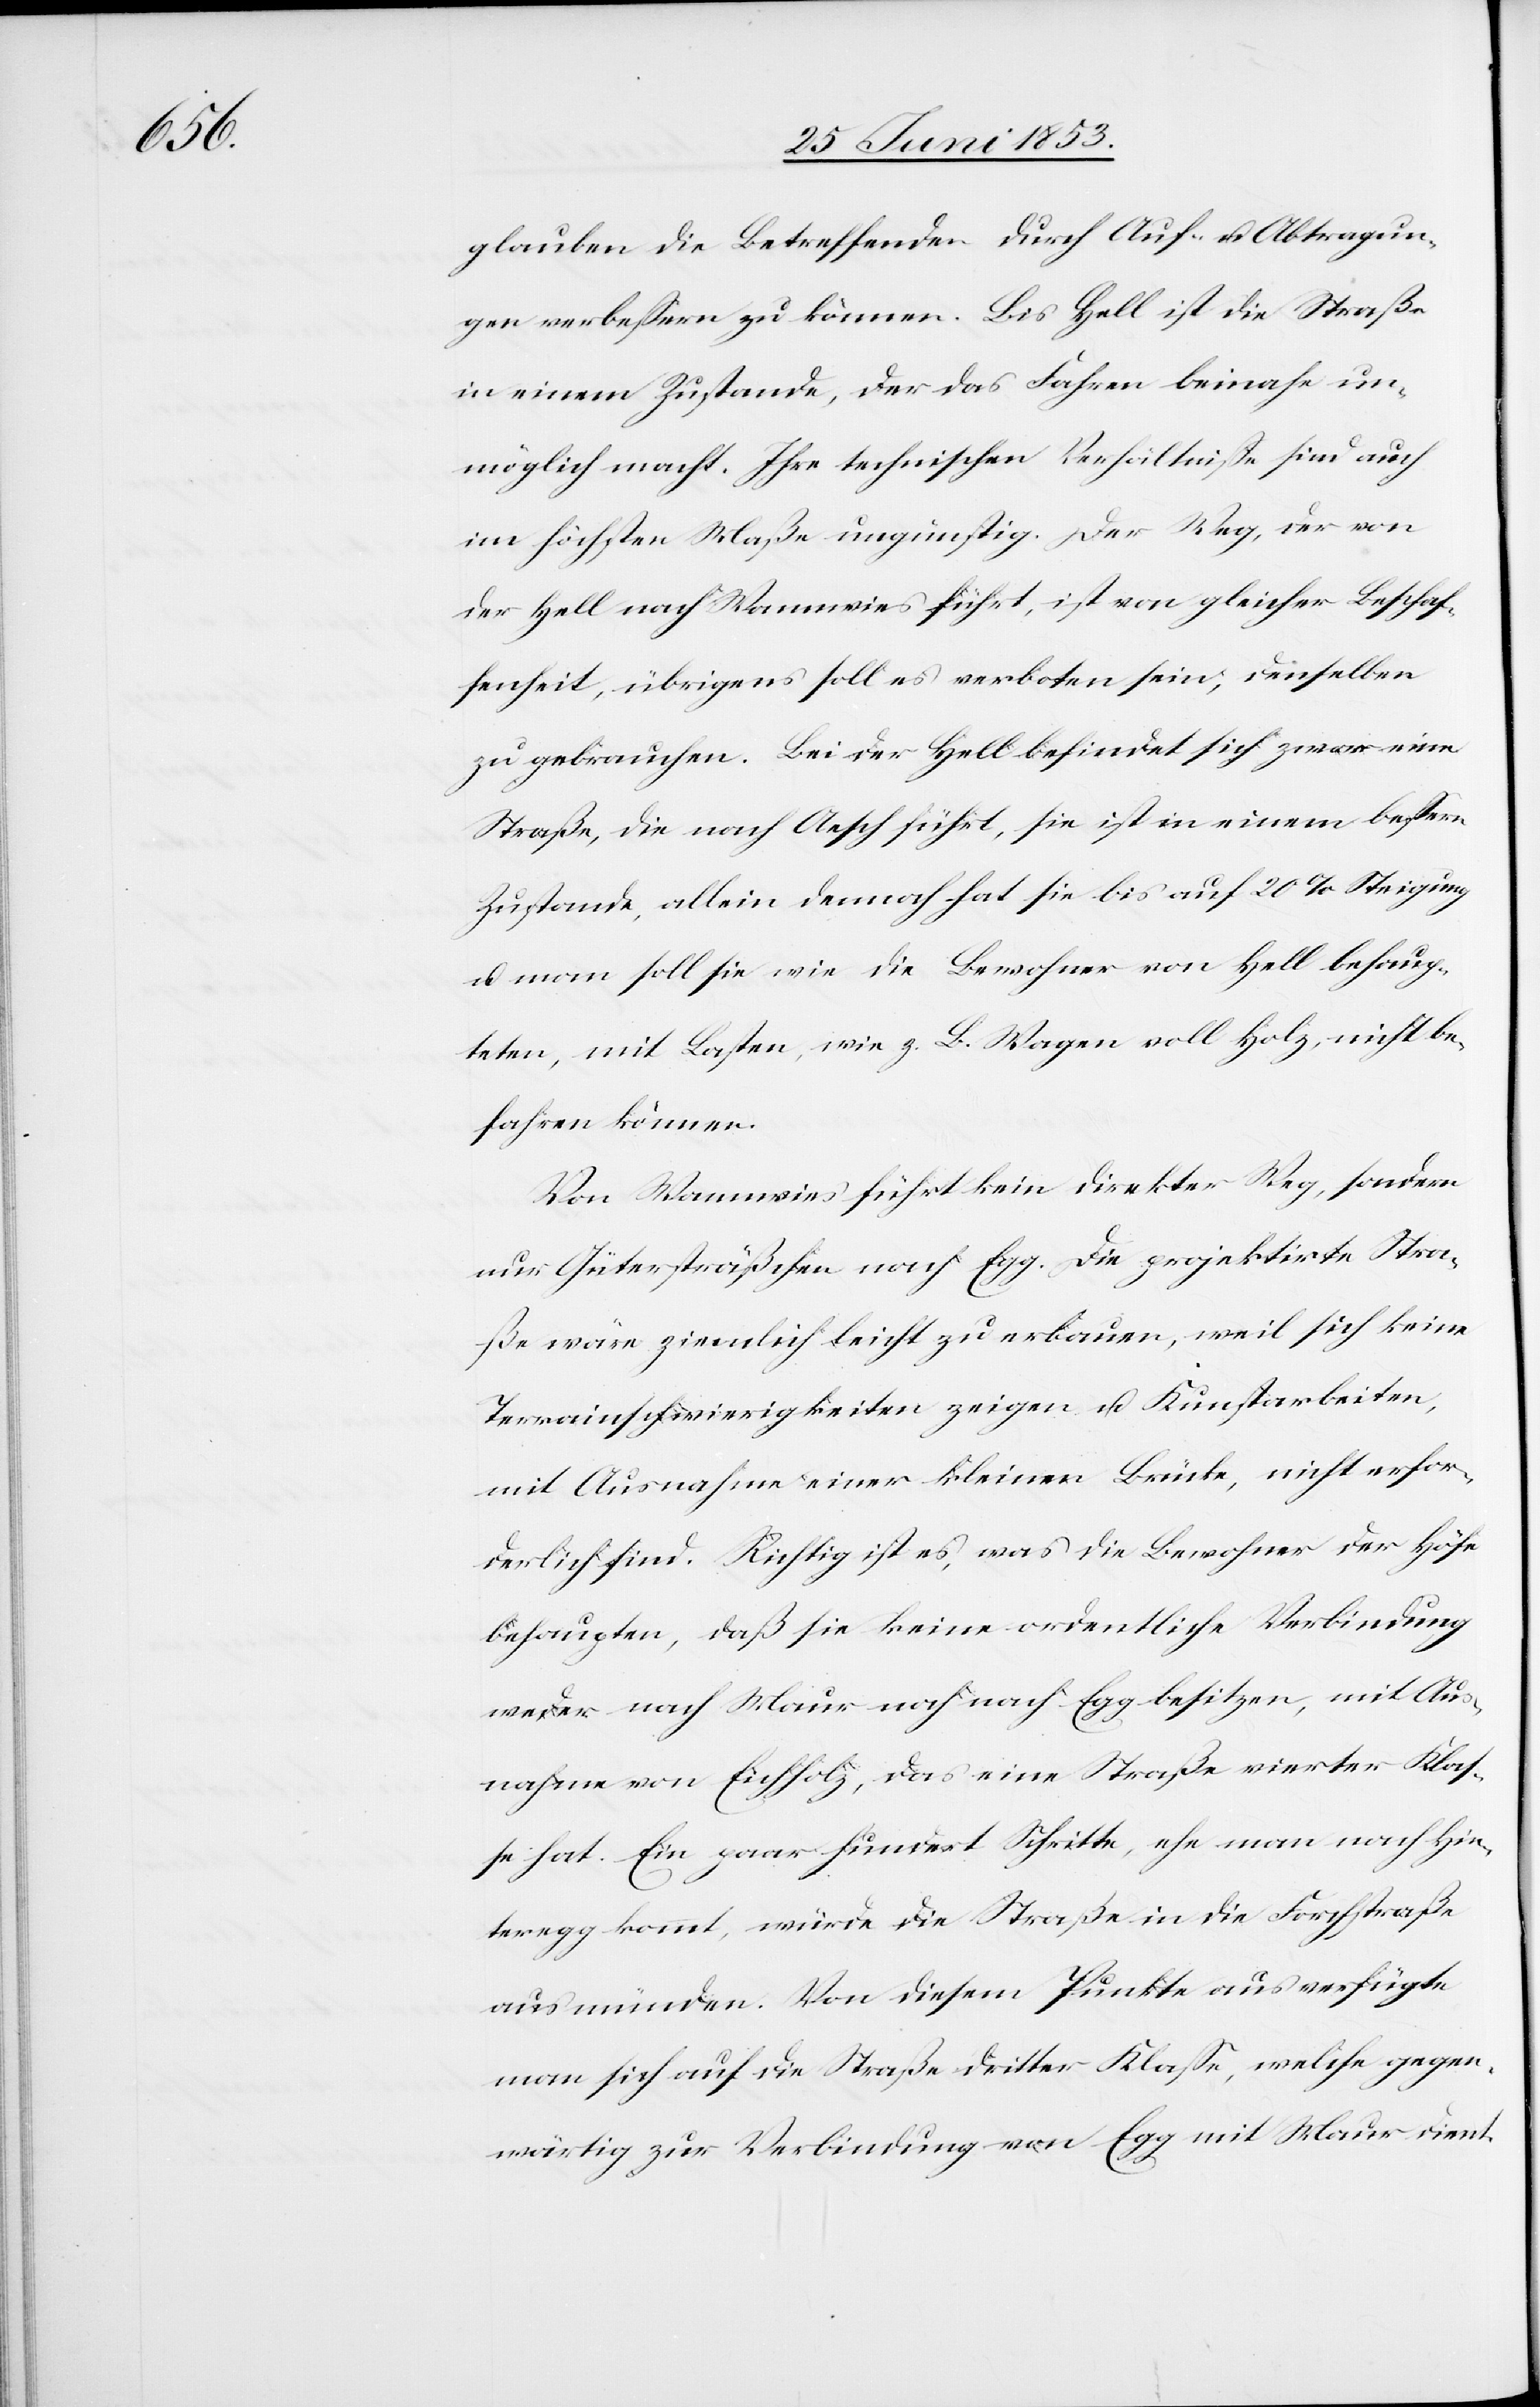
glauben die Betreffenden durch Auf- u. Abtragun¬
gen verbeßern zu können. Bis Hell ist die Straße
in einem Zustande, der das Fahren beinahe un¬
möglich macht. Ihre technischen Verhältniße sind auch
im höchsten Maße ungünstig. Der Weg, der von
der Hell nach Wannwies führt, ist von gleicher Beschaf¬
fenheit, übrigens soll es verboten sein, denselben
zu gebrauchen. Bei der Hell befindet sich zwar eine
Straße, die nach Aesch führt, sie ist in einem beßern
Zustande, allein dennoch hat sie bis auf 20% Steigung
u. man soll sie wie die Bewohner von Hell behaup¬
ten, mit Lasten, wie z. B. Wagen voll Holz, nicht be¬
fahren können.
Von Wannwies führt kein direkter Weg, sondern
nur Gütersträßchen nach Egg. Die projektirte Stra¬
ße wäre ziemlich leicht zu erbauen, weil sich keine
Terrainschwierigkeiten zeigen u. Kunstarbeiten,
mit Ausnahme einer kleinen Brücke, nicht erfor¬
derlich sind. Richtig ist es, was die Bewohner der Höfe
behaupten, daß sie keine ordentliche Verbindung
weder nach Maur noch nach Egg besitzen, mit Aus¬
nahme von Eichholz, das eine Straße vierter Klaß¬
e hat. Ein paar hundert Schritte, ehe man nach Hin¬
teregg kommt, würde die Straße in die Forchstraße
ausmünden. Von diesem Punkte aus verfügt
man sich auf die Straße dritter Klaße, welche gegen¬
wärtig zur Verbindung von Egg mit Maur dient.